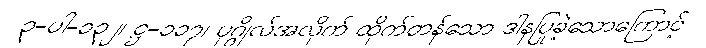
၃-ပါ-၁၃၂၊ ဋ္ဌ-၁၁၇၊ ပုဂ္ဂိုလ်အလိုက် ထိုက်တန်သော ဒါနပြုခဲ့သောကြောင့်